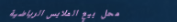
محل بيع الملابس الرياضية